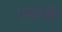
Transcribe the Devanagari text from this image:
ज़रूरि